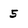
Character: 5